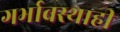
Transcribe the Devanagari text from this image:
गर्भावस्थाही